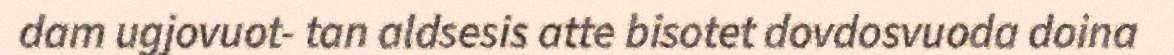
dam ugjovuot- tan aldsesis atte bisotet dovdosvuoda doina